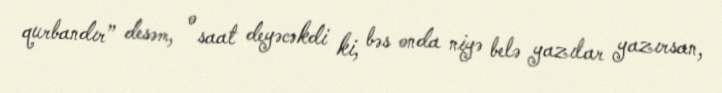
qurbandır” desəm, o saat deyəcəkdi ki, bəs onda niyə belə yazılar yazırsan,